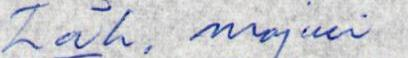
Läh. majuri